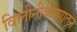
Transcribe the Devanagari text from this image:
विलीनीकरणातून